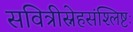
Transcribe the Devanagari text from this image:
सवित्रीस्नेहसंश्लिष्टः